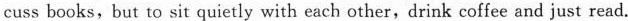
cuss books,but to sit quietly with each other,drink coffee and just read.